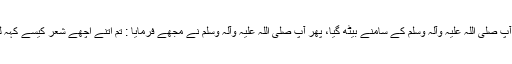
پس میں آپ صلی اللہ علیہ وآلہ وسلم کے سامنے بیٹھ گیا، پھر آپ صلی اللہ علیہ وآلہ وسلم نے مجھے فرمایا : تم اتنے اچھے شعر کیسے کہہ لیتے ہو؟